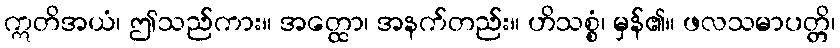
ဣတိအယံ၊ ဤသည်ကား။ အတ္ထော၊ အနက်တည်း။ ဟိသစ္စံ၊ မှန်၏။ ဖလသမာပတ္တိ၊